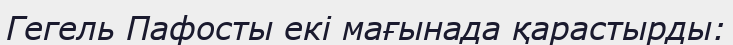
Гегель Пафосты екі мағынада қарастырды: